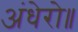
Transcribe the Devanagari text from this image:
अंधेरो॥